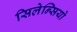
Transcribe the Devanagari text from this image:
सिलेन्सियो